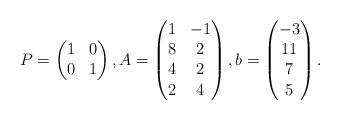
LaTeX: \begin{align*}P = \begin{pmatrix}1 & 0 \\0 & 1\end{pmatrix},A =\begin{pmatrix}1 & -1 \\8 & 2 \\4 & 2 \\2 & 4 \end{pmatrix},b =\begin{pmatrix}-3 \\11 \\7 \\5\end{pmatrix}.\end{align*}